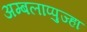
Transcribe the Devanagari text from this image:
अम्बलाप्पुज्हा